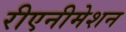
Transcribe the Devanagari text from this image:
रीएनीमेशन